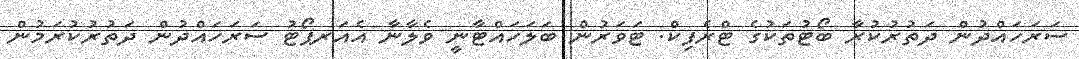
ސަރަހައްދުން ދަތުރުކުރާ ބޯޓުތަކުގެ ޓްރެފިކް. ޓަވަރުން ބަލަހައްޓާނީ ވެލާނާ އެއަރޕޯޓު ސަރަހައްދުން ދަތުރުކުރަމުން